Report of the Bombay Plague Committee
Disease focus: Plague
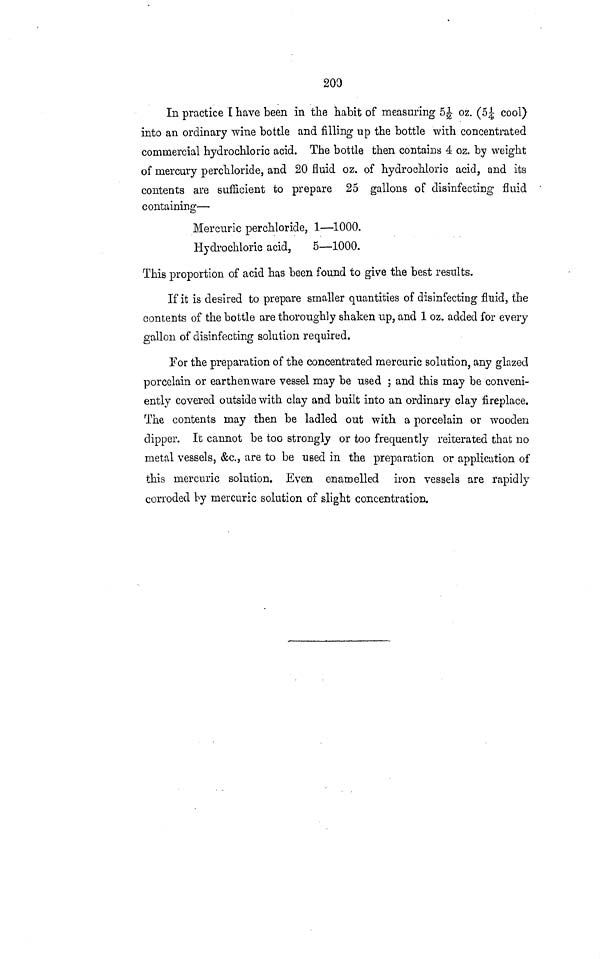
200
In practice I have been in the habit of measuring 5 1/2 oz. (5 1/4 cool)
into an ordinary wine bottle and filling up the bottle with concentrated
commercial hydrochloric acid. The bottle then contains 4 oz. by weight
of mercury perchloride, and 20 fluid oz. of hydrochloric acid, and its
contents are sufficient to prepare 25 gallons of disinfecting fluid
containing—
Mercuric perchloride, 1—1000.
Hydrochloric acid,
5—1000.
This proportion of acid has been found to give the best results.
If it is desired to prepare smaller quantities of disinfecting fluid, the
contents of the bottle are thoroughly shaken up, and 1 oz. added for every
gallon of disinfecting solution required.
For the preparation of the concentrated mercuric solution, any glazed
porcelain or earthenware vessel may be used ; and this may be conveni-
ently covered outside with clay and built into an ordinary clay fireplace.
The contents may then be ladled out with a porcelain or wooden
dipper. It cannot be too strongly or too frequently reiterated that no
metal vessels, &c., are to be used in the preparation or application of
this mercuric solution. Even enamelled iron vessels are rapidly
corroded by mercuric solution of slight concentration.